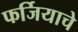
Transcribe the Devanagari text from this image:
फर्जियाचे